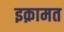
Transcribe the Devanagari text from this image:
इक़ामत